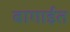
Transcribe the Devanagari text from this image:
बागाईत